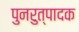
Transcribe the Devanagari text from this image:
पुनरुत्‍पादक